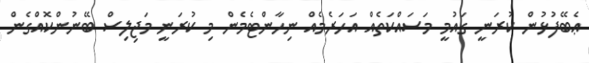
ޢެބޭފުޅުން ކުރަނީ ގައުމީ މަސައްކަތެއް އަހަރެމެއް ނިހާންޓެމެން މި ކުރަނީ މަޖިލިސް ބޭނުންކޮއްގެން